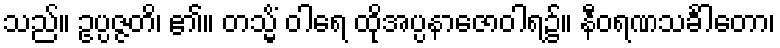
သည်။ ဥပ္ပဇ္ဇတိ၊ ၏။ တသ္မိံ ဝါရေ ထိုအပ္ပနာဇောဝါရ၌။ နီဝရဏသင်္ခါတော၊